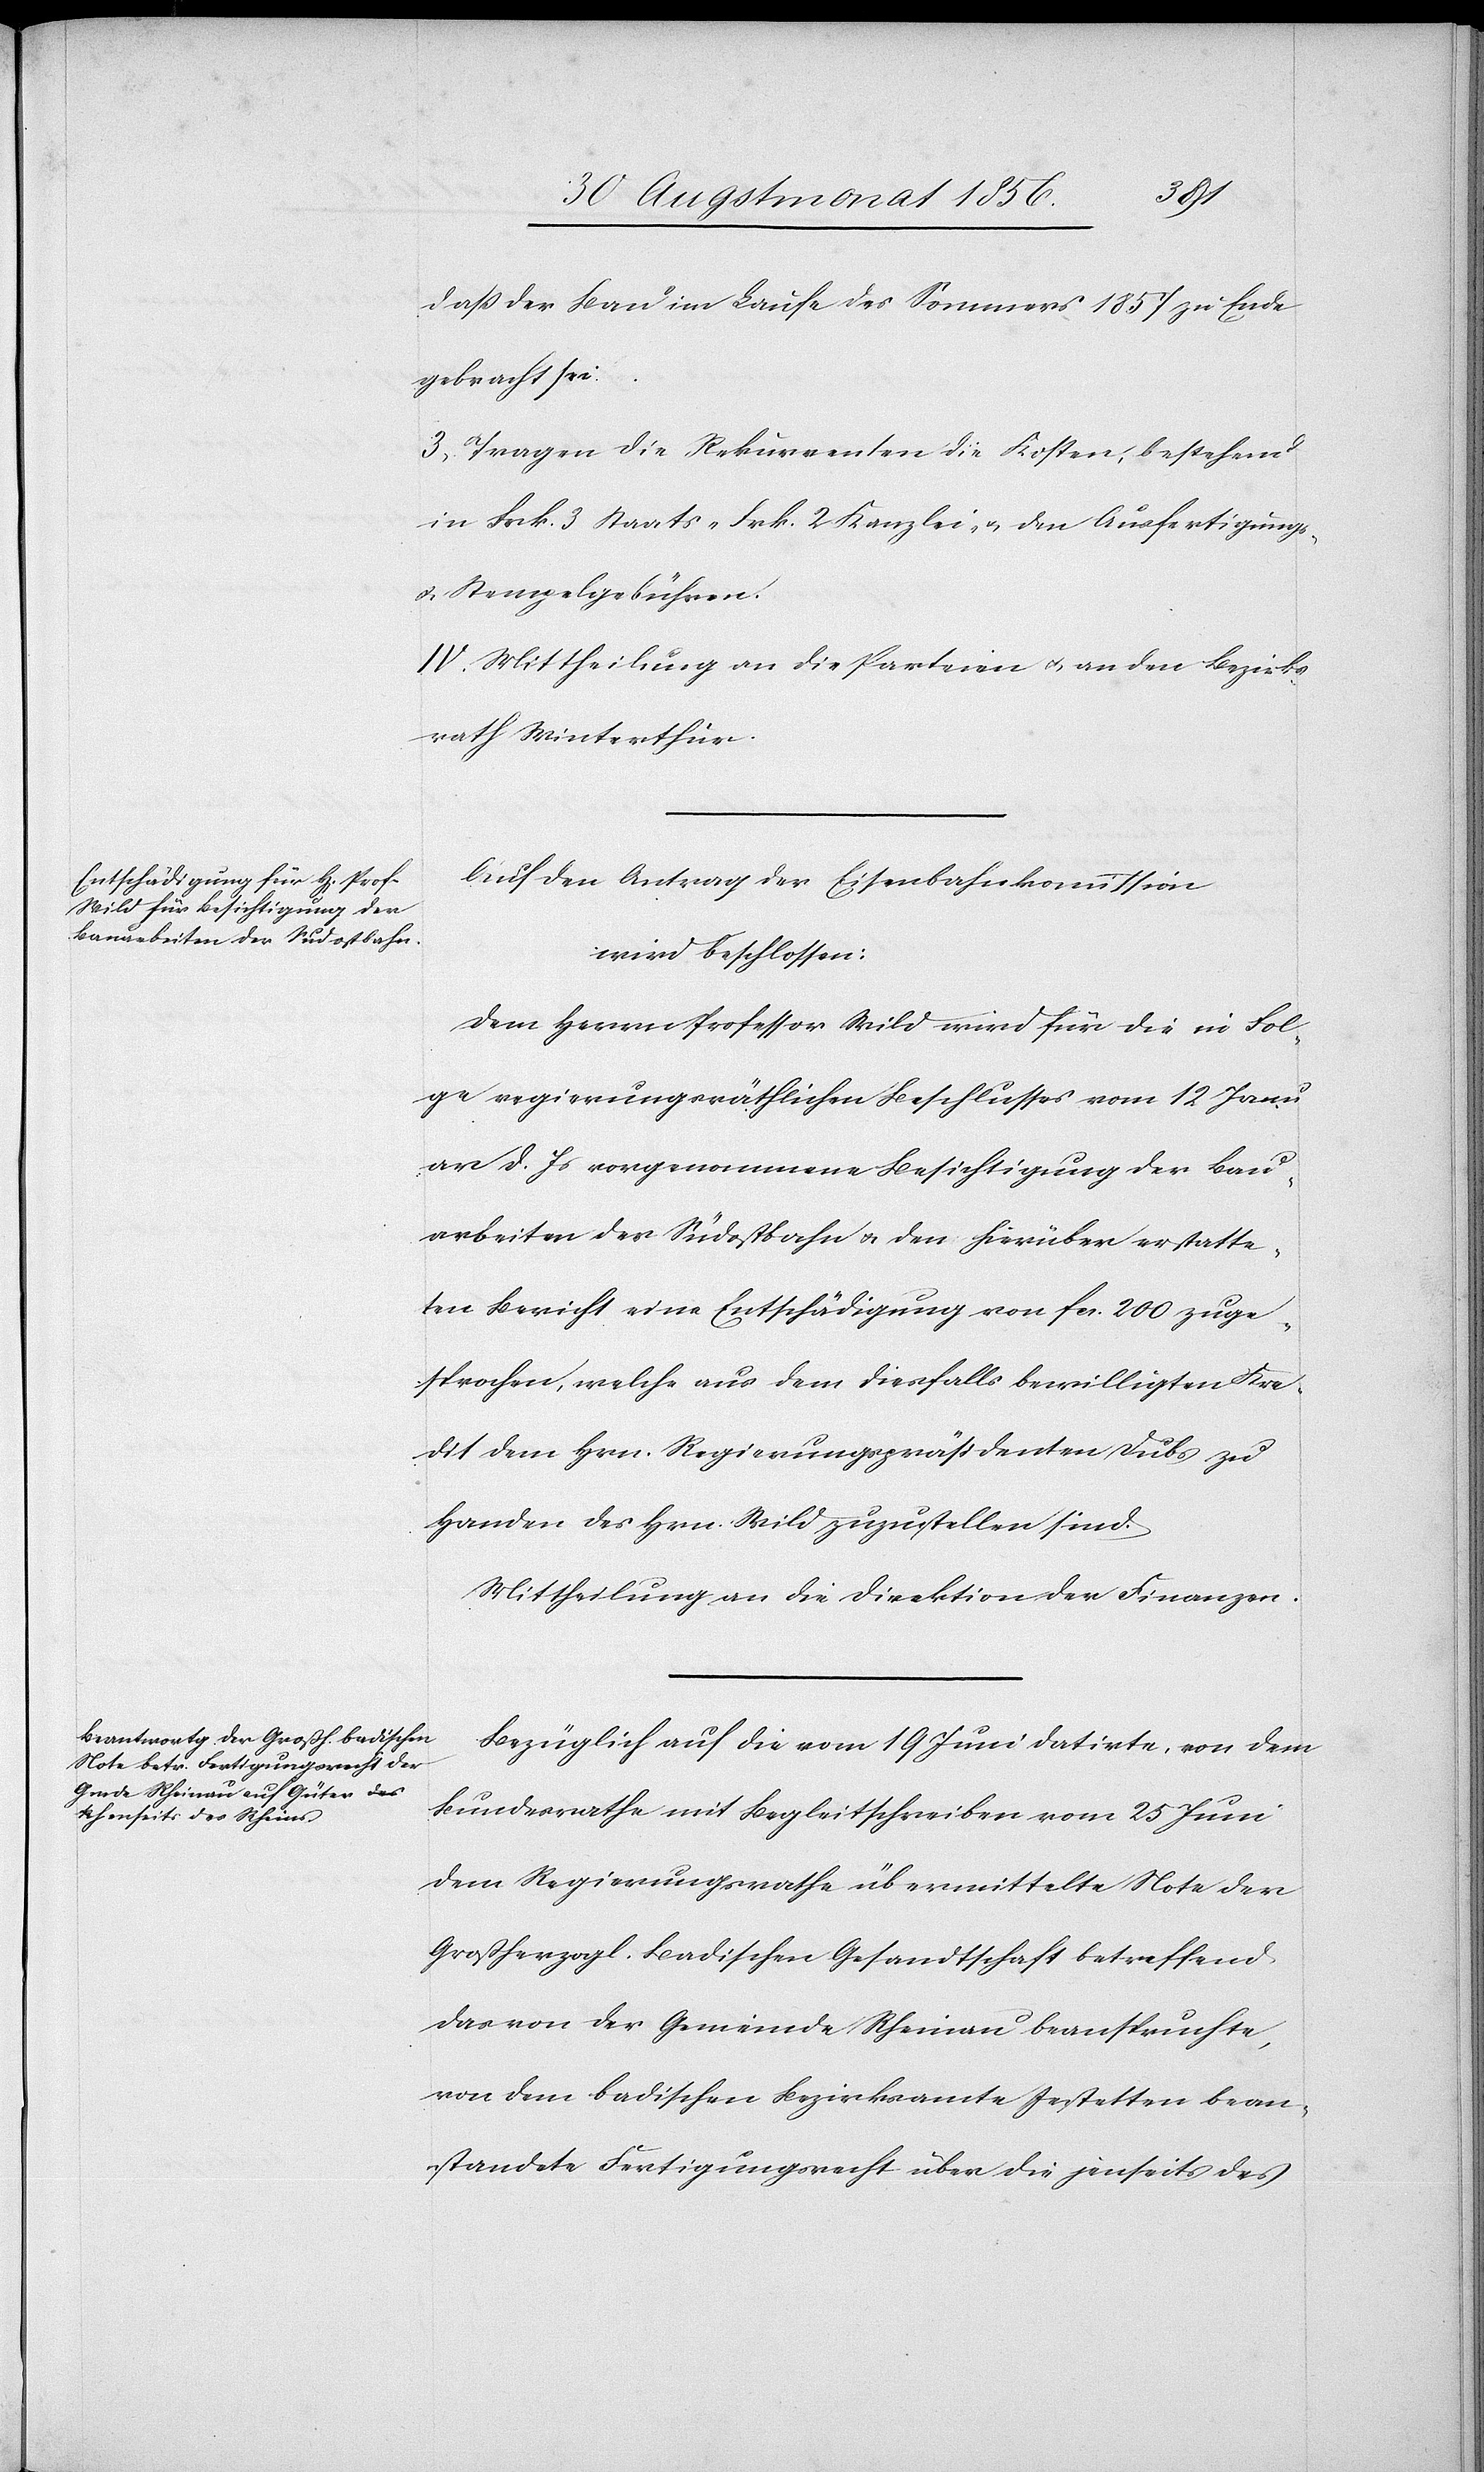
dass der Bau im Laufe des Sommers 1857 zu Ende
gebracht sei.
III.] Tragen die Rekurrenten die Kosten, bestehend
in Frk. 3 Staats-[,] Frk. 2 Kanzlei- u. den Ausfertigungs-
u. Stempelgebühren.
IV. Mittheilung an die Parteien u. an den Bezirks¬
rath Winterthur.
Auf den Antrag der Eisenbahnkommission
wird beschlossen:
Dem Herrn Professor Wild wird für die in Fol¬
ge regierungsräthlichen Beschlusses vom 12 Janu¬
ar d. Js vorgenommene Besichtigung der Bau¬
arbeiten des Südostbahn u. den hierüber erstatte¬
ten Bericht eine Entschädigung von fcs. 200 zuge¬
sprochen, welche aus dem diesfalls bewilligten Kre¬
dit dem Hrn. Regierungspräsidenten Dubs zu
Handen des Hrn. Wild zuzustellen sind.
Mittheilung an die Direktion der Finanzen.
Bezüglich auf die vom 19 Juni datirte, von dem
Bundesrathe mit Begleitschreiben vom 25 Juni
dem Regierungsrathe übermittelte Note der
Großherzogl. Badischen Gesandtschaft betreffend
das von der Gemeinde Rheinau beanspruchte,
von dem badischen Bezirksamte Jestetten bean¬
standete Fertigungsrecht über die jenseits des